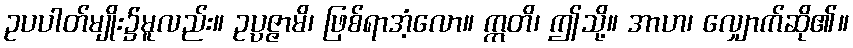
ဥပပါတ်မျိုး၌မူလည်း။ ဥပ္ပဇ္ဇာမိ၊ ဖြစ်ရာအံ့လော။ ဣတိ၊ ဤသို့။ အာဟ၊ လျှောက်ဆို၏။